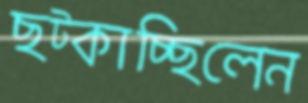
ছট্‌কাচ্ছিলেন